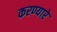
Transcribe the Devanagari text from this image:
करण्यारे